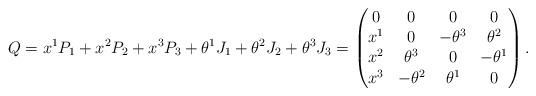
LaTeX: \begin{align*}Q = x^1 P_1 + x^2 P_2 + x^3 P_3 + \theta^1 J_1 + \theta^2 J_2 + \theta^3 J_3= \begin{pmatrix}0 & 0 & 0 & 0 \\x^1 & 0 & -\theta^3 & \theta^2 \\x^2 & \theta^3 & 0 & -\theta^1 \\x^3 & -\theta^2 & \theta^1 & 0\end{pmatrix}.\end{align*}